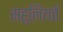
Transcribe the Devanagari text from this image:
सहूलियतें